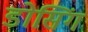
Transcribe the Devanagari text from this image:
डोसिंग